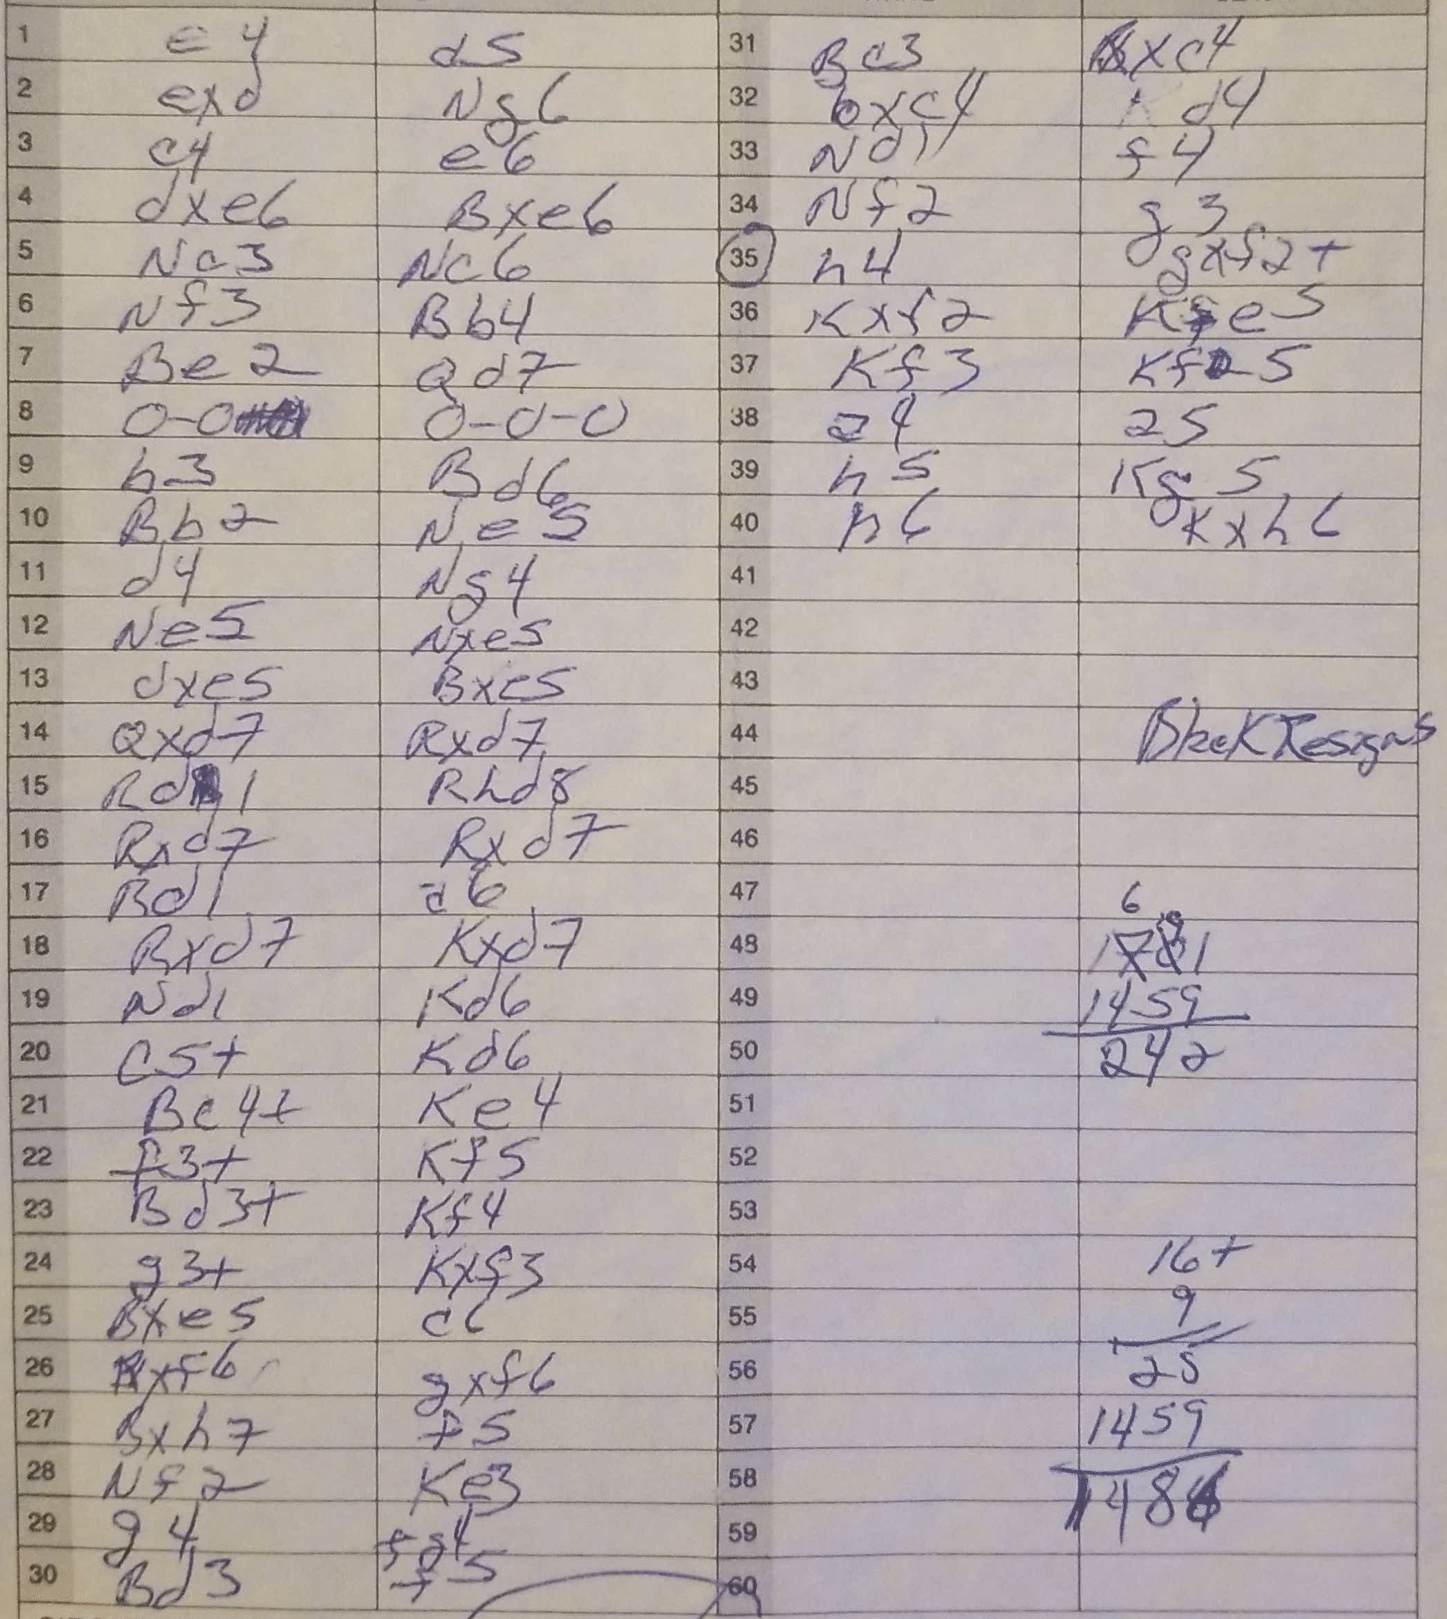
Moves: e4 d5 exd Ng6 c4 e6 dxe6 Bxe6 Nc3 Nc6 Nf3 Bb4 Be2 Qd7 O-O O-O-O b3 Bd6 Bb2 Ne5 d4 Ng4 Ne5 Nxe5 dxe5 Bxe5 Qxd7 Rxd7 Rd1 Rhd8 Rxd7 Rxd7 Rd1 a6 Rxd7 Kxd7 Nd1 Kd6 c5+ Kd6 Be4+ Ke4 f3+ Kf5 Bd3+ Kf4 g3+ Kxf3 Bxe5 c6 Rxf6 gxf6 Bxh7 f5 Nf2 Ke3 g4 fg4 Bd3 f5 Bc3 Rxc4 bxc4 Kd4 Nd1 f4 Nf2 g3 h4 gxf2+ Kxf2 Kfe5 Kf3 Kf5 a4 a5 h5 Kg5 h6 Kxh6